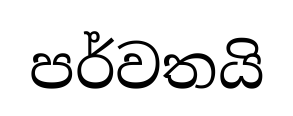
පර්වතයි